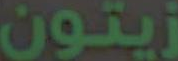
زيتون